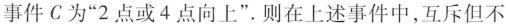
事件C为“2点或4点向上”。则在上述事件中，互斥但不